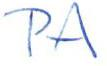
PA